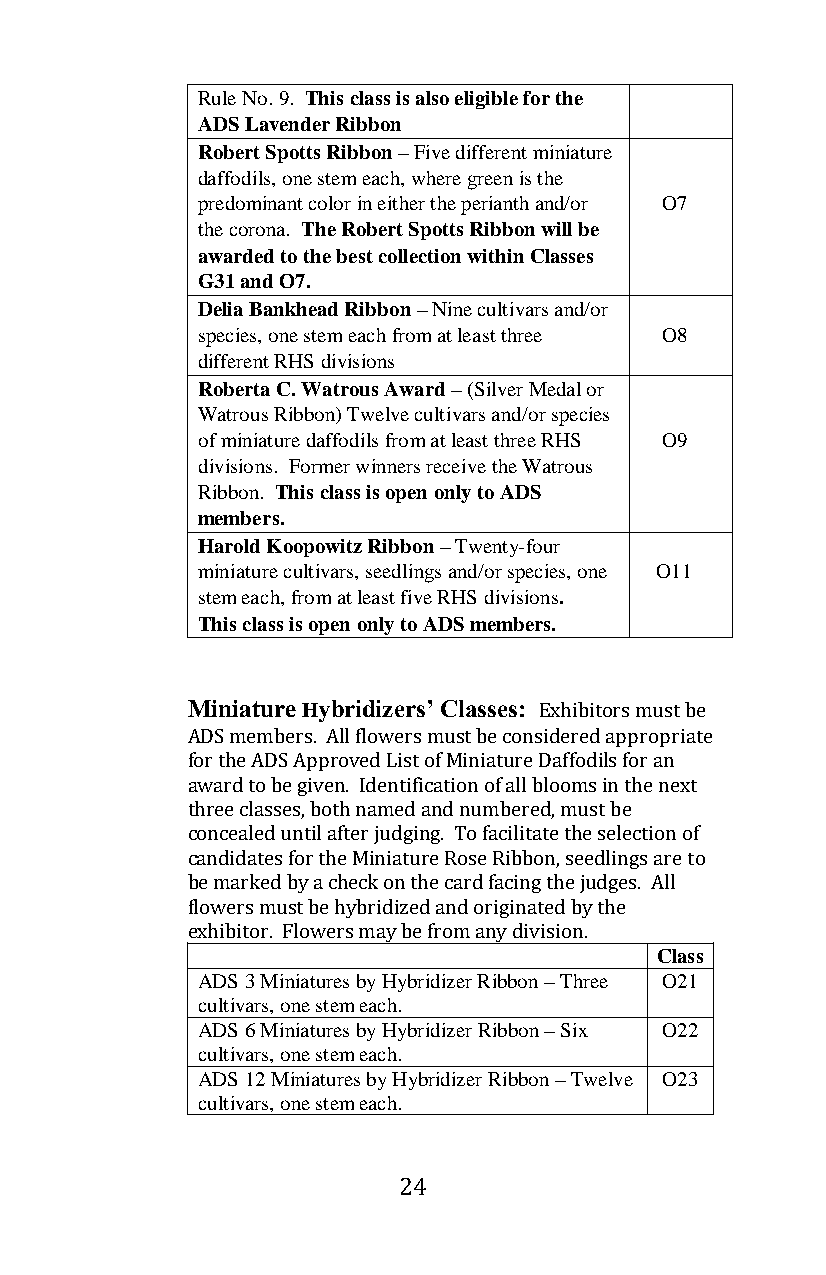
Rule No. 9. This class is also eligible for the
 ADS Lavender Ribbon
 Robert Spotts Ribbon – Five different miniature
 daffodils, one stem each, where green is the
 predominant color in either the perianth and/or O7
 the corona. The Robert Spotts Ribbon will be
 awarded to the best collection within Classes
 G31 and O7.
 Delia Bankhead Ribbon – Nine cultivars and/or
 species, one stem each from at least three O8
 different RHS divisions
 Roberta C. Watrous Award – (Silver Medal or
 Watrous Ribbon) Twelve cultivars and/or species
 of miniature daffodils from at least three RHS O9
 divisions. Former winners receive the Watrous
 Ribbon. This class is open only to ADS
 members.
 Harold Koopowitz Ribbon – Twenty-four
 miniature cultivars, seedlings and/or species, one O11
 stem each, from at least five RHS divisions.
 This class is open only to ADS members.
 Miniature Hybridizers’ Classes: Exhibitors must be
 ADS members. All flowers must be considered appropriate
 for the ADS Approved List of Miniature Daffodils for an
 award to be given. Identification of all blooms in the next
 three classes, both named and numbered, must be
 concealed until after judging. To facilitate the selection of
 candidates for the Miniature Rose Ribbon, seedlings are to
 be marked by a check on the card facing the judges. All
 flowers must be hybridized and originated by the
 exhibitor. Flowers may be from any division.
 Class
 ADS 3 Miniatures by Hybridizer Ribbon – Three O21
 cultivars, one stem each.
 ADS 6 Miniatures by Hybridizer Ribbon – Six O22
 cultivars, one stem each.
 ADS 12 Miniatures by Hybridizer Ribbon – Twelve O23
 cultivars, one stem each.
 24